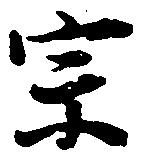
宗